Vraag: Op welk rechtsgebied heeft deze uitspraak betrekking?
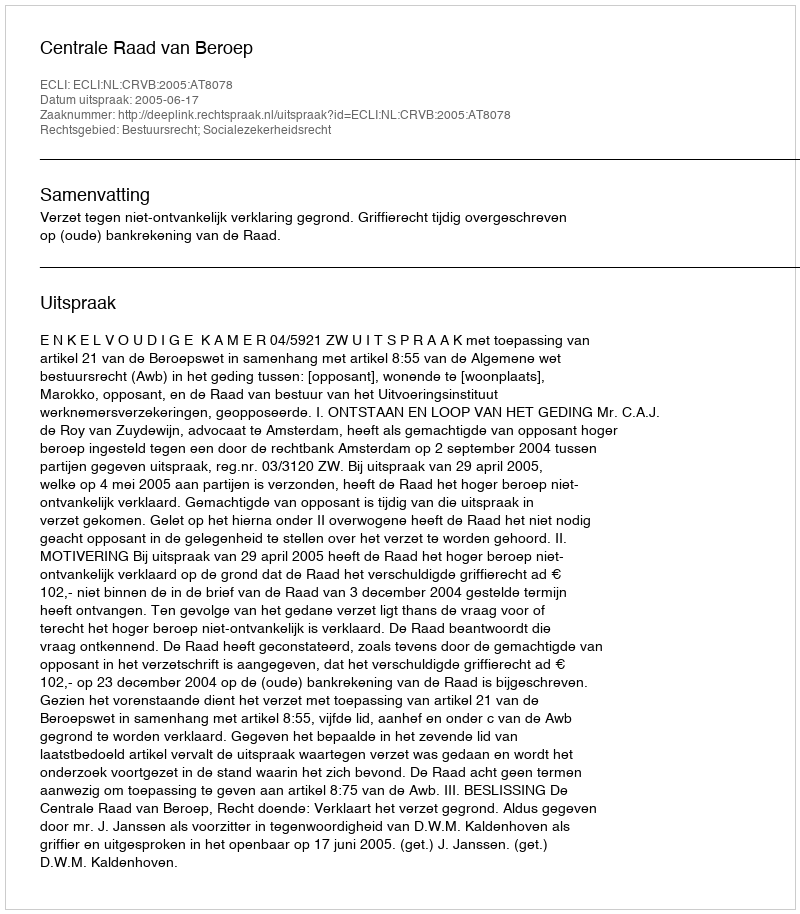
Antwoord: Bestuursrecht; Socialezekerheidsrecht